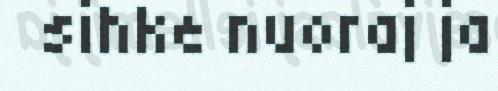
sihke nuoraj ja